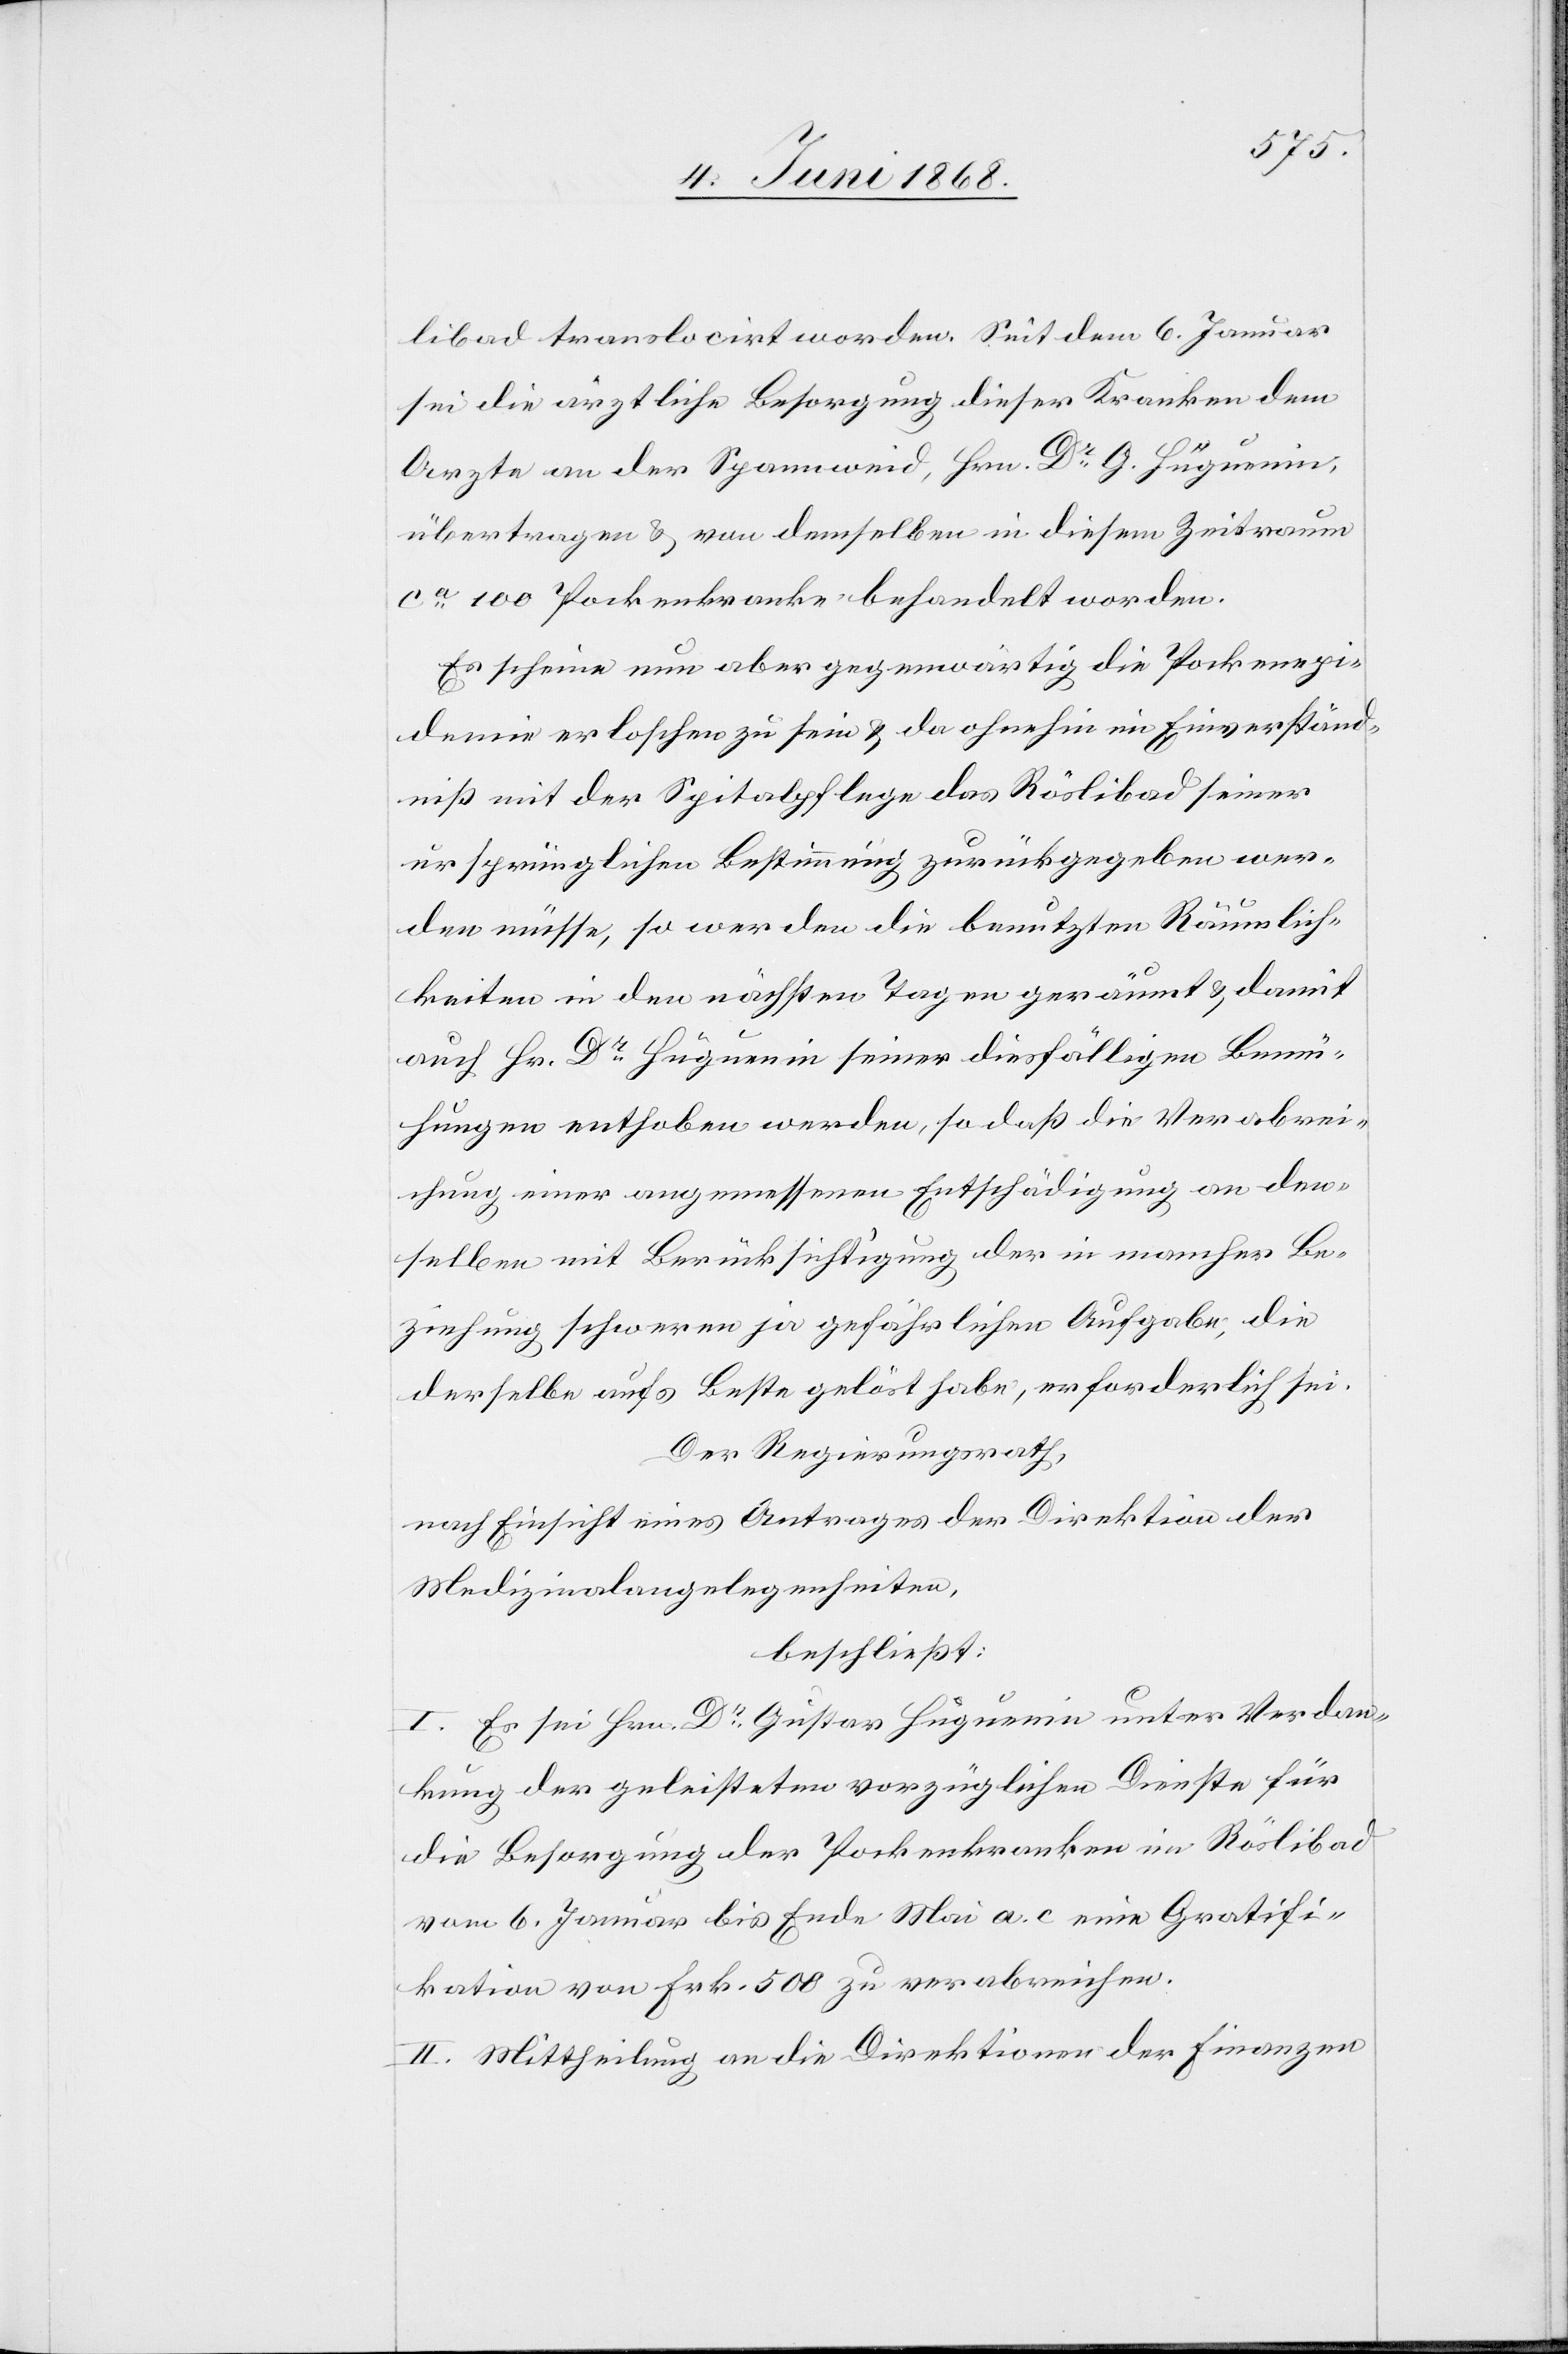
libad translocirt worden. Seit dem 6. Januar
sei die ärztliche Besorgung dieser Kranken dem
Arzte an der Spannweid, Hrn. Dr G. Hüguenin,
übertragen & von demselben in diesem Zeitraum
ca 100 Pockenkranke behandelt worden.
Es scheine nun aber gegenwärtig die Pockenepi¬
demie erloschen zu sein & da ohnehin im Einverständ¬
niß mit der Spitalpflege das Röslibad seiner
ursprünglichen Bestimmung zurückgegeben wer¬
den müsse, so werden die benutzten Räumlich¬
keiten in den nächsten Tagen geräumt & damit
auch Hr. Dr Hüguenin seiner diesfälligen Bemü¬
hungen enthoben werden, so daß die Verabrei¬
chung einer angemessenen Entschädigung an den¬
selben mit Berücksichtigung der in mancher Be¬
ziehung schweren ja gefährlichen Aufgabe, die
derselbe aufs Beste gelöst habe, erforderlich sei.
Der Regierungsrath,
nach Einsicht eines Antrages der Direktion der
Medizinalangelegenheiten,
beschließt:
I. Es sei Hrn. Dr Gustav Hüguenin unter Verdan¬
kung der geleisteten vorzüglichen Dienste für
die Besorgung der Pockenkranken im Röslibad
vom 6. Januar bis Ende Mai a. c eine Gratifi¬
kation von Frk. 500 zu verabreichen.
II. Mittheilung an die Direktionen der Finanzen